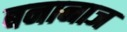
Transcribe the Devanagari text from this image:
बनानाज